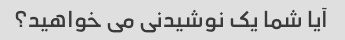
آیا شما یک نوشیدنی می خواهید؟